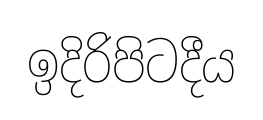
ඉදිරිපිටදීය